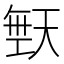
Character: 𪥙